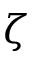
\zeta